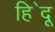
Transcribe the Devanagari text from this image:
हि॓दू